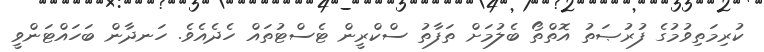
ކުރިމަތިވުމުގެ ފުރުޞަތު އޮތްތޯ ބެލުމަށް ތަފާތު ސްކްރީން ޓެސްޓުތައް ހެދެއެވެ. ހަނދާން ބަހައްޓަންވީ